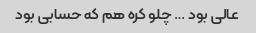
عالی بود … چلو کره هم که حسابی بود